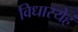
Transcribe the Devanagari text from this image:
विधास्येहं